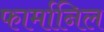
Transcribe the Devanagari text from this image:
फार्मानिल